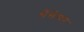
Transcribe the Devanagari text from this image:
सेंसेसन